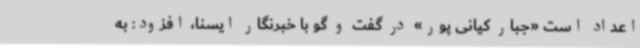
اعداد است «جبار کیانی پور» در گفت و گو با خبرنگار ایسنا، افزود: به